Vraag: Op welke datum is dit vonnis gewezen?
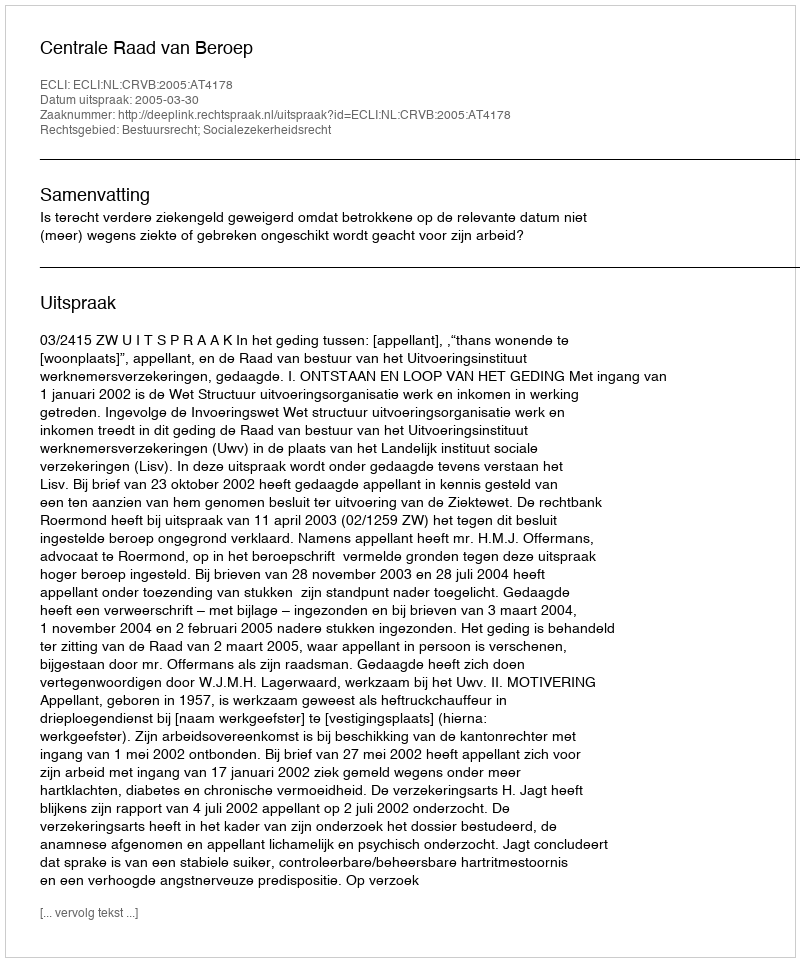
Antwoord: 2005-03-30